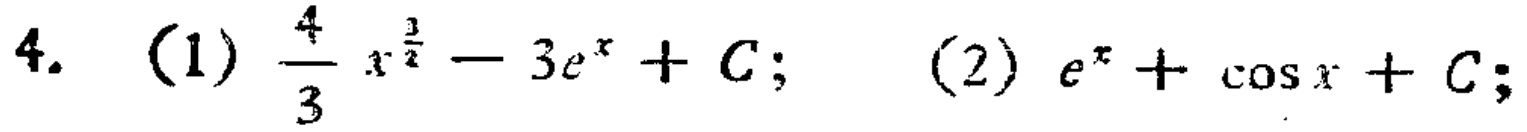
4. (1) $\frac{4}{3}x^{\frac{3}{2}} - 3e^{x}+C$; (2) $e^{x}+\cos x + C$;